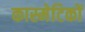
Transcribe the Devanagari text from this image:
कास्मेटिकों